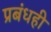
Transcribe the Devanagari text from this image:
प्रबंधही